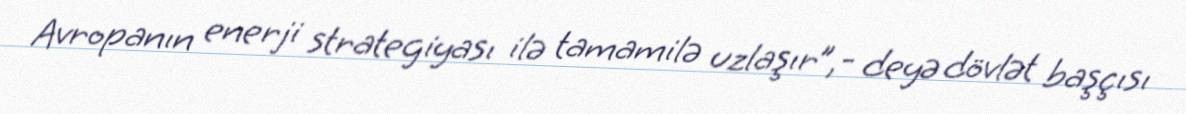
Avropanın enerji strategiyası ilə tamamilə uzlaşır”,- deyə dövlət başçısı